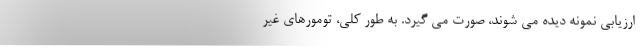
ارزیابی نمونه دیده می شوند، صورت می گیرد. به طور کلی، تومورهای غیر